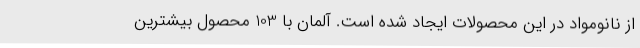
از نانومواد در این محصولات ایجاد شده است. آلمان با 103 محصول بیشترین